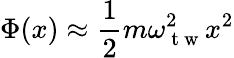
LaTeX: \Phi(x)\approx\frac{1}{2}m\omega_{\mathrm{~t~w~}}^{2}x^{2}